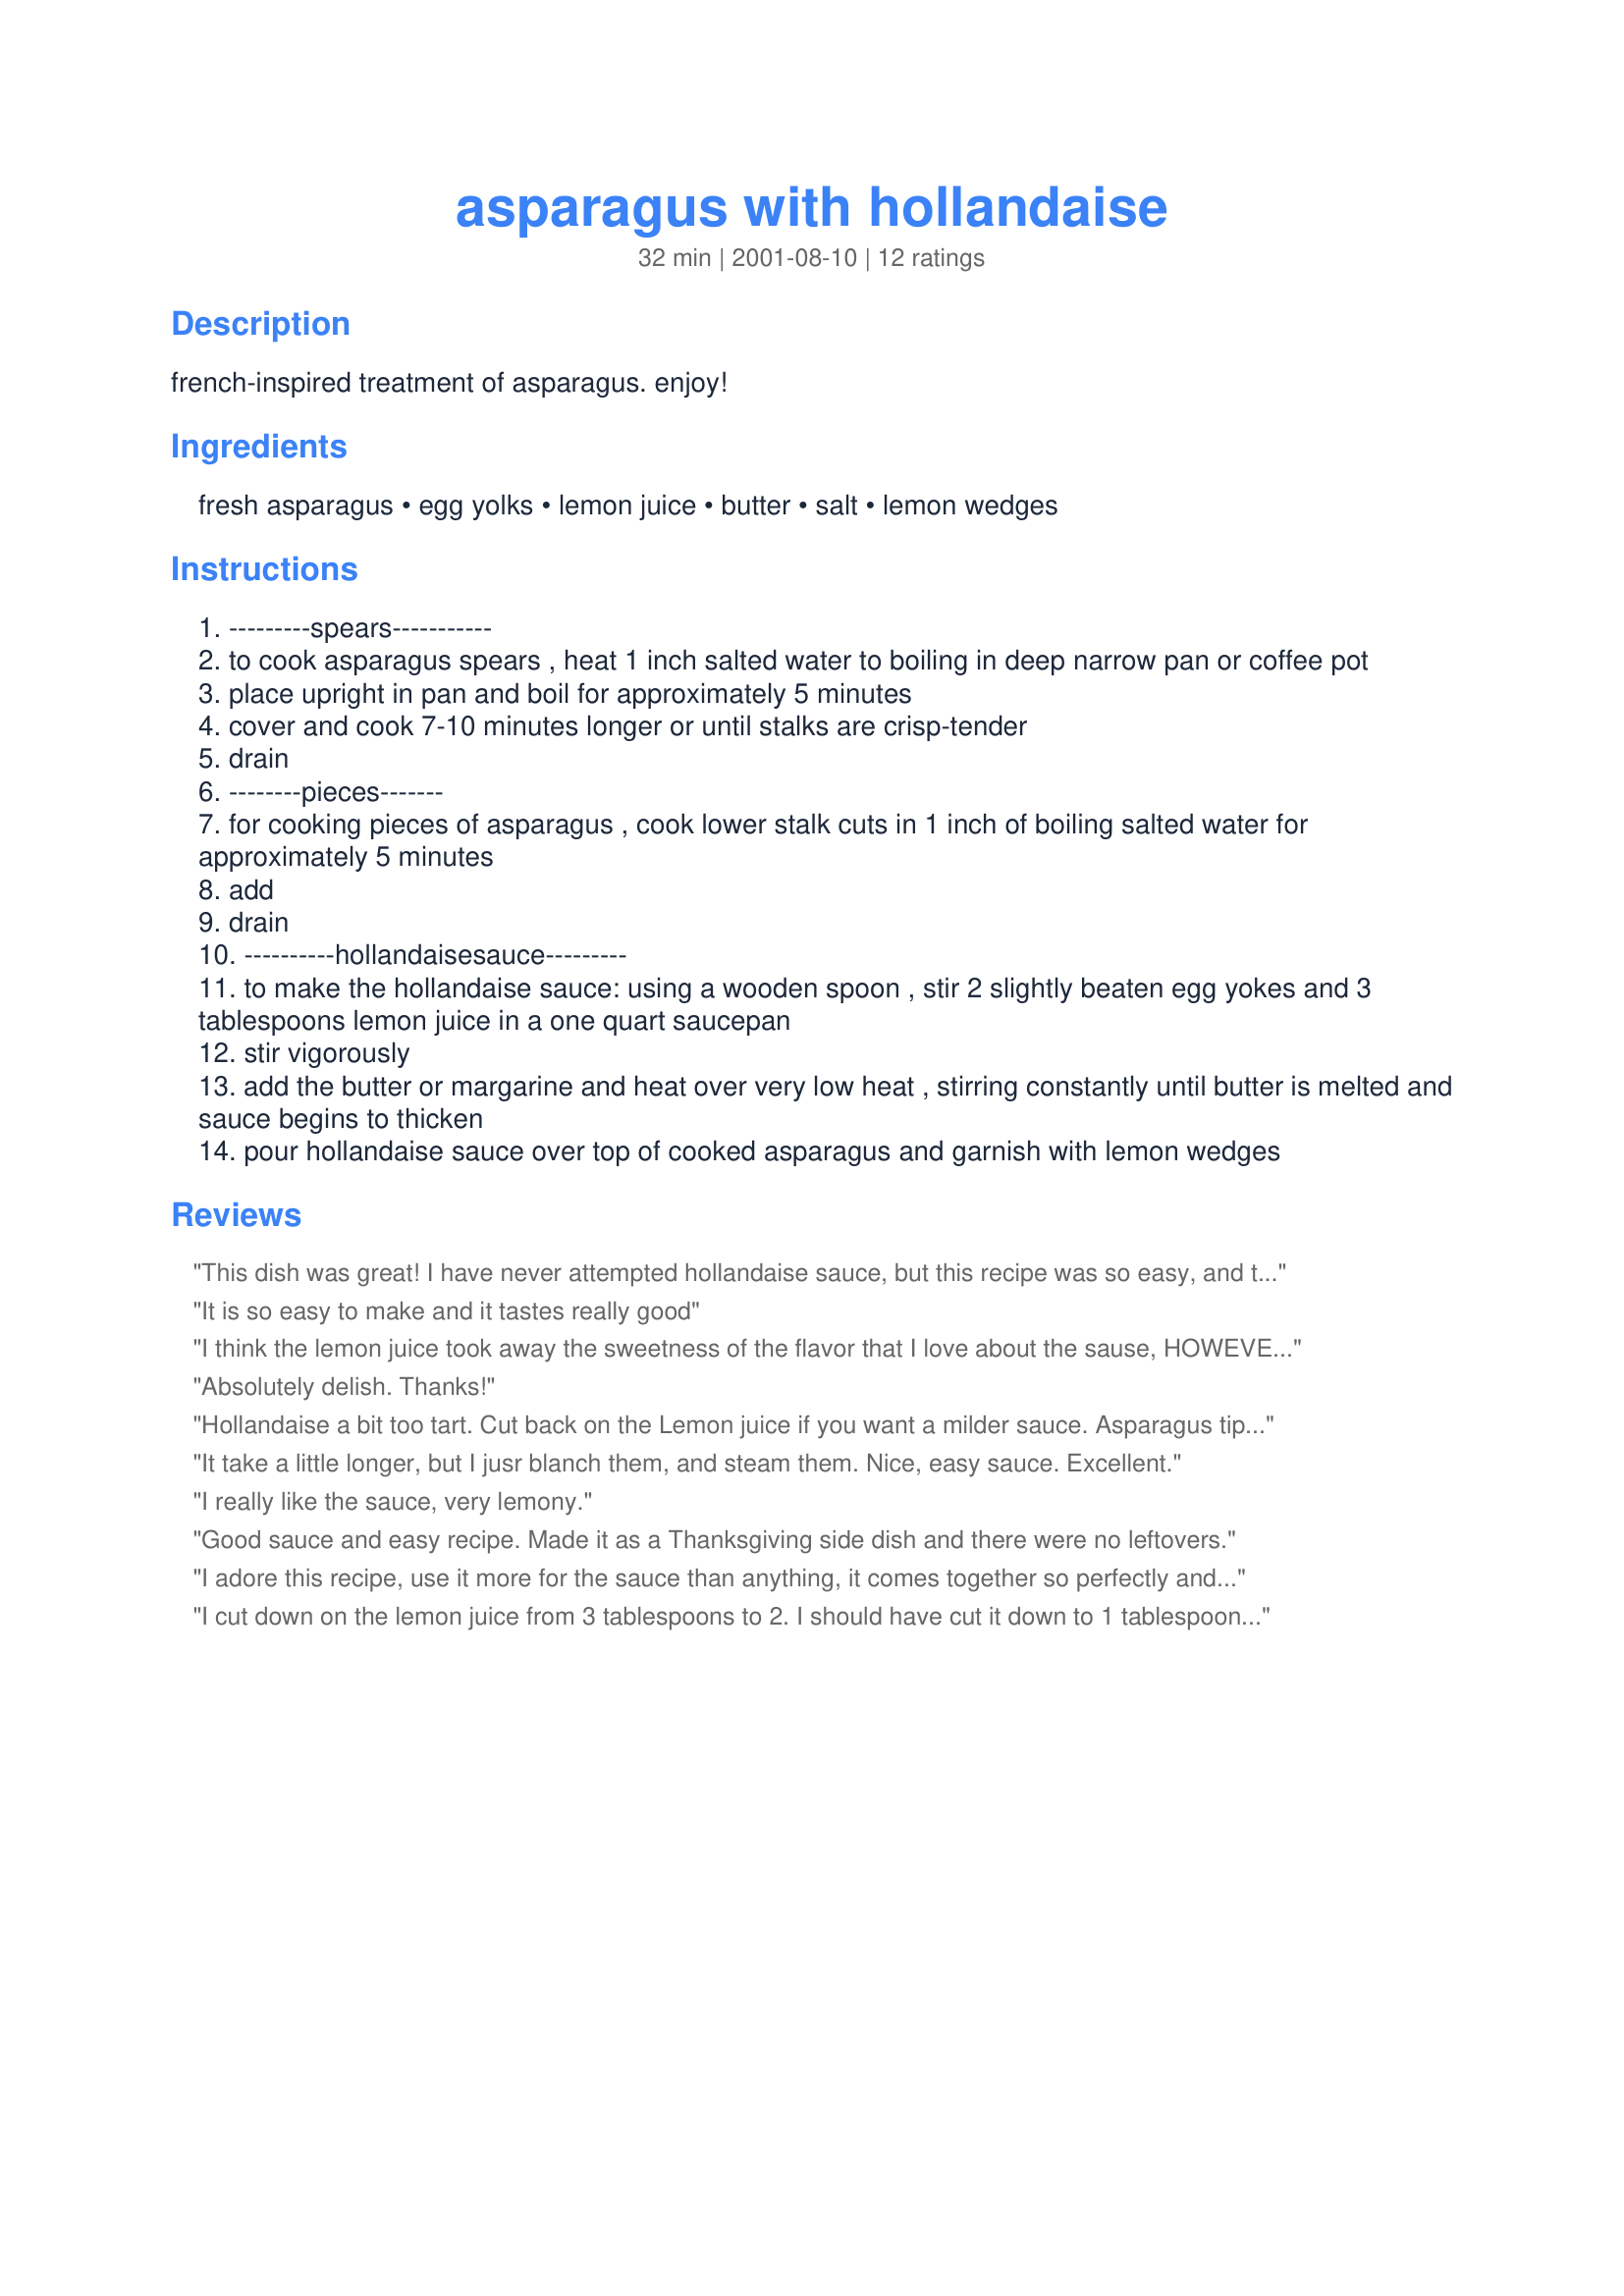
asparagus with hollandaise
Preparation time: 32 minutes

french-inspired treatment of asparagus. enjoy!

Ingredients:
fresh asparagus, egg yolks, lemon juice, butter, salt, lemon wedges

Steps:
---------spears-----------
to cook asparagus spears , heat 1 inch salted water to boiling in deep narrow pan or coffee pot
place upright in pan and boil for approximately 5 minutes
cover and cook 7-10 minutes longer or until stalks are crisp-tender
drain
--------pieces-------
for cooking pieces of asparagus , cook lower stalk cuts in 1 inch of boiling salted water for approximately 5 minutes
add
drain
----------hollandaisesauce---------
to make the hollandaise sauce: using a wooden spoon , stir 2 slightly beaten egg yokes and 3 tablespoons lemon juice in a one quart saucepan
stir vigorously
add the butter or margarine and heat over very low heat , stirring constantly until butter is melted and sauce begins to thicken
pour hollandaise sauce over top of cooked asparagus and garnish with lemon wedges

Reviews:
This dish was great! I have never attempted hollandaise sauce, but this recipe was so easy, and the taste of the lemon was right on time. My son that doesn't eat asparagus was dipping away at the sauce. Thanks for the recipe!
It is so easy to make and it tastes really good
I think the lemon juice took away the sweetness of the flavor that I love about the sause, HOWEVER, it whent really well with the asparagus. I was quite satisfied
Absolutely delish. Thanks!
Hollandaise a bit too tart. Cut back on the Lemon juice if you want a milder sauce. Asparagus tips turned out nice, the stems were too chewy. Lovely side dish!
It take a little longer, but I jusr blanch them, and steam them.
Nice, easy sauce. Excellent.
I really like the sauce, very lemony.
Good sauce and easy recipe. Made it as a Thanksgiving side dish and there were no leftovers.
I adore this recipe, use it more for the sauce than anything, it comes together so perfectly and simply. Had it tonight with steak, shrimp and Brussels sprouts, heaven!
I cut down on the lemon juice from 3 tablespoons to 2. I should have cut it down to 1 tablespoon. Too lemony. Otherwise easy and tasty. I'm sure it's just a matter of preference as far as the amount of lemon juice. This is, obviously, just my opinion.
I cooked the asparagus as suggested and all I can say is, that it was absolutely perfect, still firm and just a bit crunchy.
The Hollandaise Sauce was very easy to make, however, it was too lemony. I would suggest that the lemon juice be cut back to about 1 1/2 tablespoons for this recipe.
I had to rate this a 5 star because the asparagus was so good and even though the sauce was not quite to my expecations, it was enjoyed by all.
Also, did you forget to add the salt to the Hollandaise Sauce in your instructions?
"Uncle Bill"
Beautiful! Love the sauce. I jus blanched asparagus with hot water. Made the sauce and pour on top of the asparagus.
